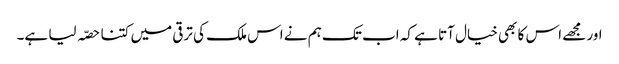
اور مجھے اس کا بھی خیال آتا ہے کہ اب تک ہم نے اس ملک کی ترقی میں کتنا حصّہ لیا ہے۔